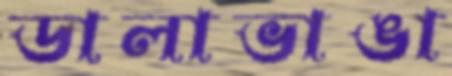
ডালাভাঙা